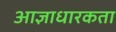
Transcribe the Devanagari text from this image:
आज्ञाधारकता